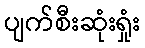
ပျက်စီးဆုံးရှုံး